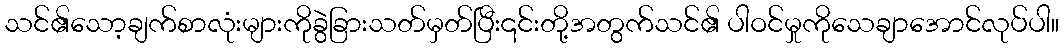
သင်၏သော့ချက်စာလုံးများကိုခွဲခြားသတ်မှတ်ပြီး၎င်းတို့အတွက်သင်၏ ပါဝင်မှုကိုသေချာအောင်လုပ်ပါ။